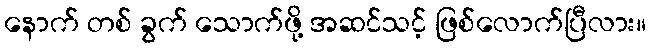
နောက် တစ် ခွက် သောက်ဖို့ အဆင်သင့် ဖြစ်လောက်ပြီလား။